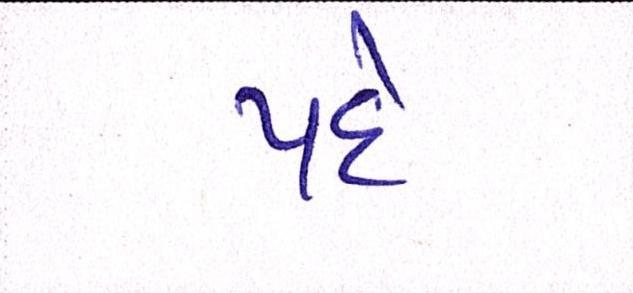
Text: પદે